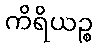
ကိရိယဉ္စ